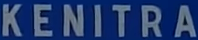
KENITRA